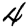
Digit: 4